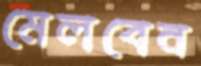
মেলবেন